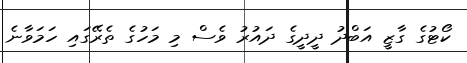
ކޯޓުގެ ގާޒީ އަބްދު ދީދީގެ ދައުރު ވެސް މި މަހުގެ ތެރޭގައި ހަމަވާނެ